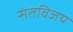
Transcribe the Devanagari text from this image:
संतविजय